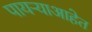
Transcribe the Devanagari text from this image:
पायऱ्याआहेत